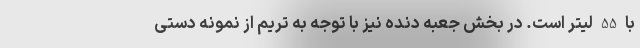
با 55 لیتر است. در بخش جعبه دنده نیز با توجه به تریم از نمونه دستی